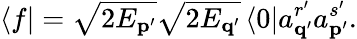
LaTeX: \left\langle f\right\vert=\sqrt{2E_{\mathbf{p}^{\prime}}}\sqrt{2E_{\mathbf{q}^{\prime}}}\left\langle 0\right\vert a_{\mathbf{q}^{\prime}}^{r^{\prime}}a_{\mathbf{p}^{\prime}}^{s^{\prime}}.